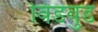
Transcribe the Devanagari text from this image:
विंडवुड